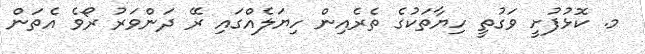
މ. ކޮޅުފުށީ ވަގުތީ ހިޔާތަކުގެ ތެރެއިން ހިޔަލެއްގައި ރޭ ދަންވަރު ރޯވެ އެތަން